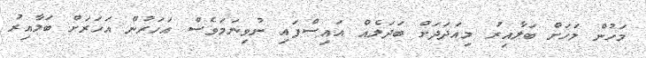
މަހުން މަހަށް ބަލާއިރު މިއަދަދަށް ބަދަލެއް އައިސްފައި ނުވިނަމަވެސް އަހަރުން އަހަރަށް ބަލާއިރު